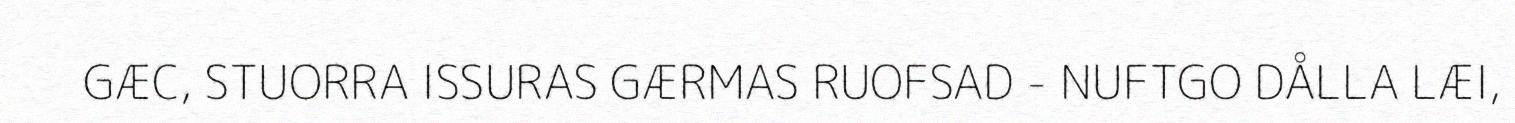
GÆC, STUORRA ISSURAS GÆRMAS RUOFSAD - NUFTGO DÅLLA LÆI,